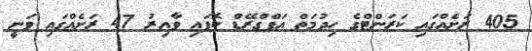
405 ރަށެއްގައި ކަރަންޓްގެ ހިދުމަތް އަޕްގްރޭޑް ކޮފައި ވާއިރު 47 ރަށެއްގައި ވަނީ